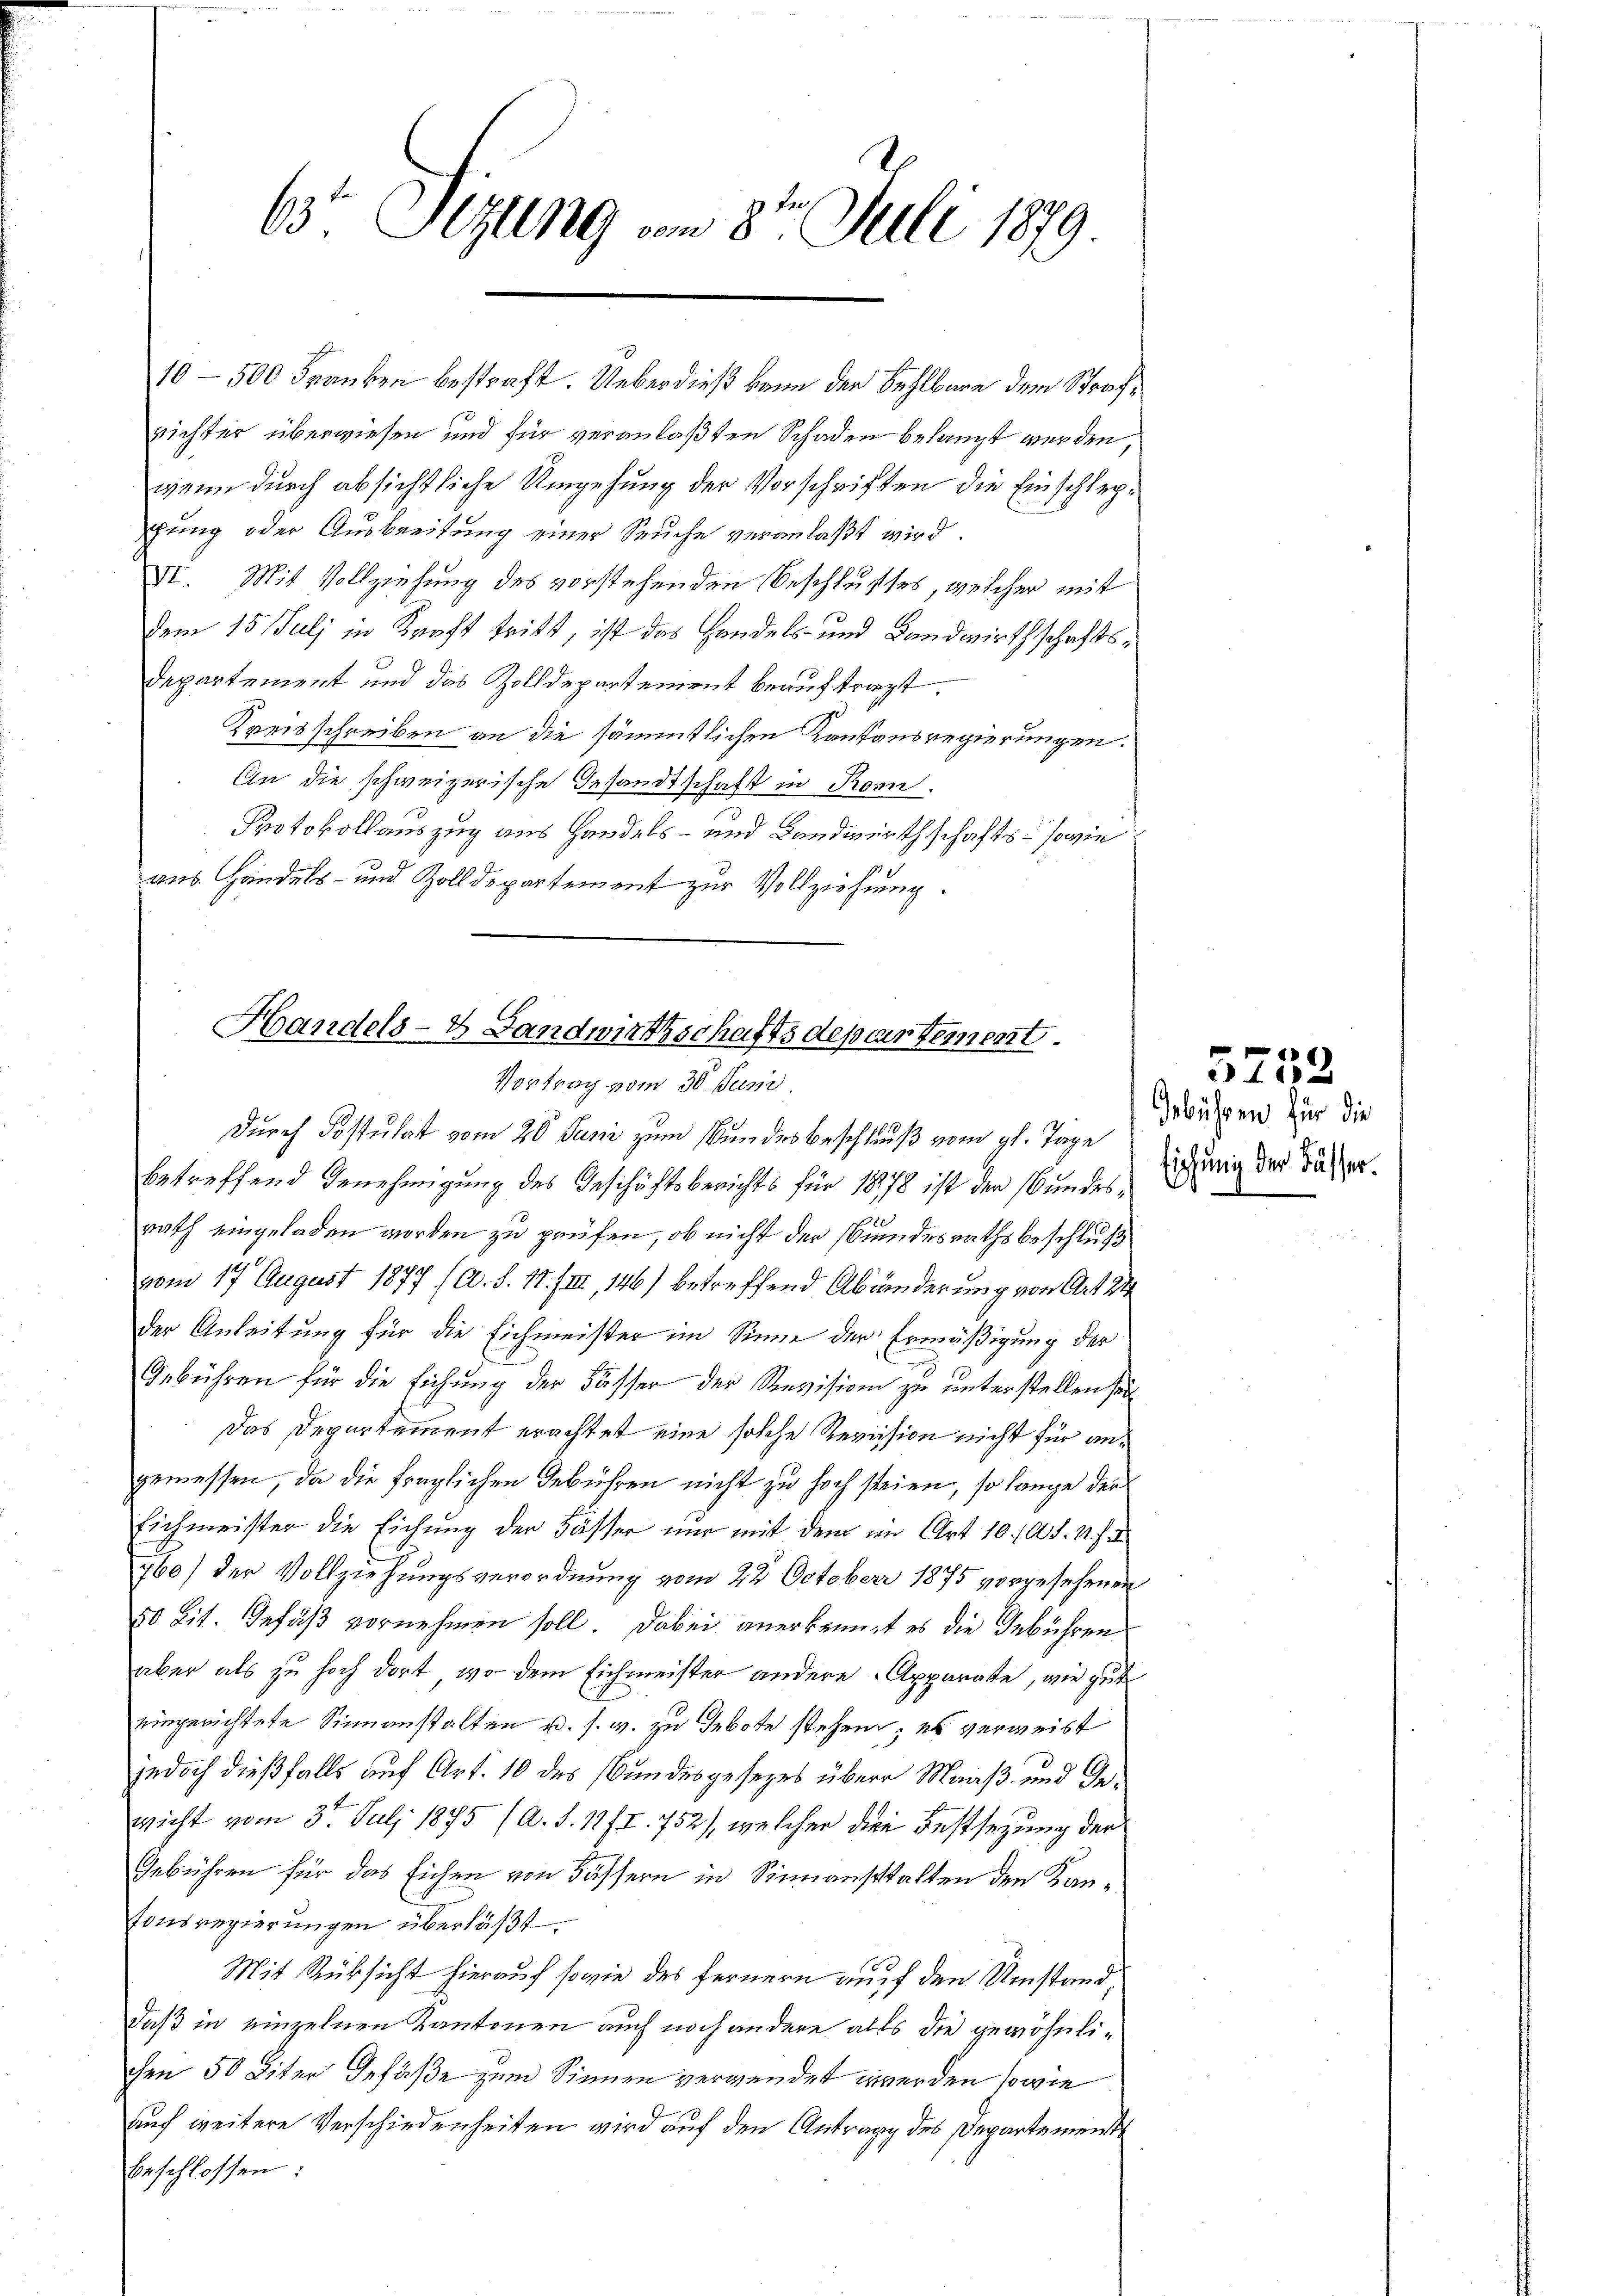
6 Sizung vom 8ten Juli 1879

richter überwiesen und für veranlaßten Schaden belangt werden,
wenn durch absichtliche Umgehung der Vorschriften die Einschlephung oder Ausbreitung einer Seuche veranlaßt wird.
VI. Mit Vollziehung des vorstehenden Beschlusses, welcher mit
dem 15. Juli in Kraft tritt, ist das Handels- und Landwirthschaftsdepartement und das Zolldepartement beauftragt.
Kreisschreiben an die sämmtlichen Kantonsregierungen.
An die schweizerische Gesandtschaft in Ronn.
Protokollauszug aus Handels- und Landwirthschafts- sowie
aus Handels- und Zolldepartement zur Vollziehung.

10 - 500 Franken bestraft. Ueberdieß kann der Fehlbare dem Straf¬

Handels- & Landwirthschaftsdepartement.
Vortrag vom 30. Juni

Durch Postulat vom 20 Juni zum an des Beschluß vom gl. Tage
betreffend Genehmigung des Geschäftsberichts für 1878 ist der Bundesrath eingeladen worden zu prüfen, ob nicht der Bundesrathsbeschluß
vom 17 August 1877 (A. S. 17. IIII, 146) betreffend Abänderung von Art. 2
der Anleitung für die Eichmeister im Sinne der Ermäßigung der
Gebühren für die Eichung der Fässer der Revision zu unterstellen sei
Das Departement erachtet eine solche Revision nicht für angemessen, da die fraglichen Gebühren nicht zu hoch steien, so lange der
Eichmeister die Eichung der Fässer nur mit dem im Art 10. d. M. h.
760) der Vollziehungsverordnung vom 22. October 1875 vorgesehenen
50 Lit. Gefäß vornehmen soll. Dabei anerkennet es die Gebühren
aber als zu hoch dort, wo dem Eichmeister andere Apparate, wie gut
eingerichtete Sinnanstalten u. s. w. zu Gebote stehen; es verweist
jedoch dießfalls auf Art. 10 des Bundesgesezes über Maaß- und Gewicht vom 31. Juli 1875 (A. S. 11f I. 752), welcher die Festsezung der
Gebühren für das Eichen von Fässern in Sinnanstalten den Kantonsregierungen überläßt.
Mit Rücksicht hierauf sowie des fernern auf den Umstanddaß in einzelnen Kantonen auch noch andere alls die gewöhnlichen 50 Liter Gefäße zum Sinnen verwendet werden sowie
auf weitere Verschiedenheiten wird auf den Antrage des Departements
beschlossen:

Gebühren für die
Eichung der Fässer.

5752